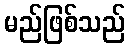
မည်ဖြစ်သည်